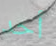
أحد